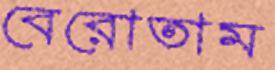
বেরোতাম